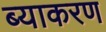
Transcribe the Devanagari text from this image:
ब्याकरण